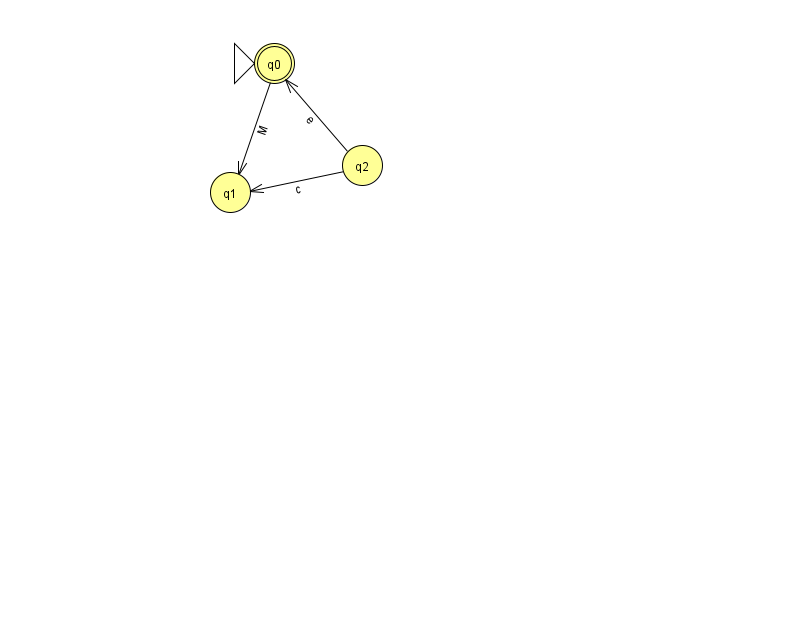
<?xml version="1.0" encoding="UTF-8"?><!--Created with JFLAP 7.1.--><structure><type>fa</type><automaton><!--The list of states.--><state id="0" name="q0"><x>274.0</x><y>50.0</y><initial/><final/></state><state id="1" name="q1"><x>230.0</x><y>179.0</y></state><state id="2" name="q2"><x>362.0</x><y>152.0</y></state><!--The list of transitions.--><transition><from>2</from><to>1</to><read>c</read></transition><transition><from>0</from><to>1</to><read>M</read></transition><transition><from>2</from><to>0</to><read>e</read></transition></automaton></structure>